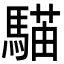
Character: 𩤱